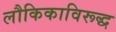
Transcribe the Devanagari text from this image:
लौकिकाविरूद्ध